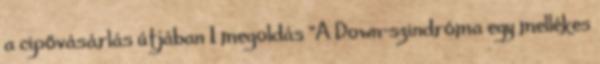
a cipővásárlás útjában 1 megoldás "A Down-szindróma egy mellékes